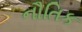
નૌતિક